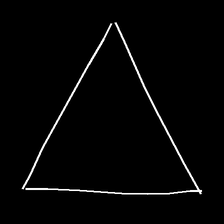
Glyph: convergence